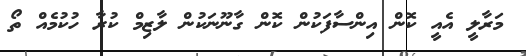
މަރާލީ އެއީ ކޮން އިންސާފަކުން ކޮން ގާނޫނަކުން ލާޒިމް ކުރާ ހުކުމެއް ތޯ